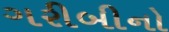
ગરીબીનો